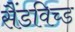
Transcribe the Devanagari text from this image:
सैंडविच्ड